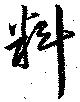
料